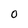
Character: 0